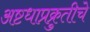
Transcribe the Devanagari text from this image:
अष्टधाप्रक्रुतीचे